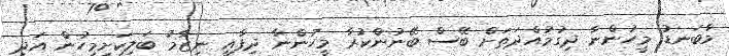
މާބަނޑު މީހުންނާ ދިގުމުއްދަތަށް ބޭސް ބޭނުންކުރާ މީހުންނާ ދިފާޢީ ނިޒާމު ބަލިކަށިމީހުން އަދި